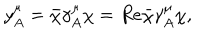
y _ { A } ^ { \mu } = \bar { \chi } \gamma _ { A } ^ { \mu } \chi = R e { \bar { \chi } \gamma _ { A } ^ { \mu } \chi } ,